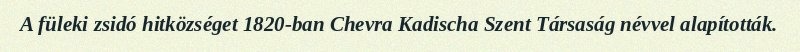
A füleki zsidó hitközséget 1820-ban Chevra Kadischa Szent Társaság névvel alapították.